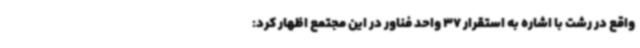
واقع در رشت با اشاره به استقرار 37 واحد فناور در این مجتمع اظهار کرد: